Indian journal of veterinary science and animal husbandry - Volumes 15-17, 1948-1951
Year: 1948
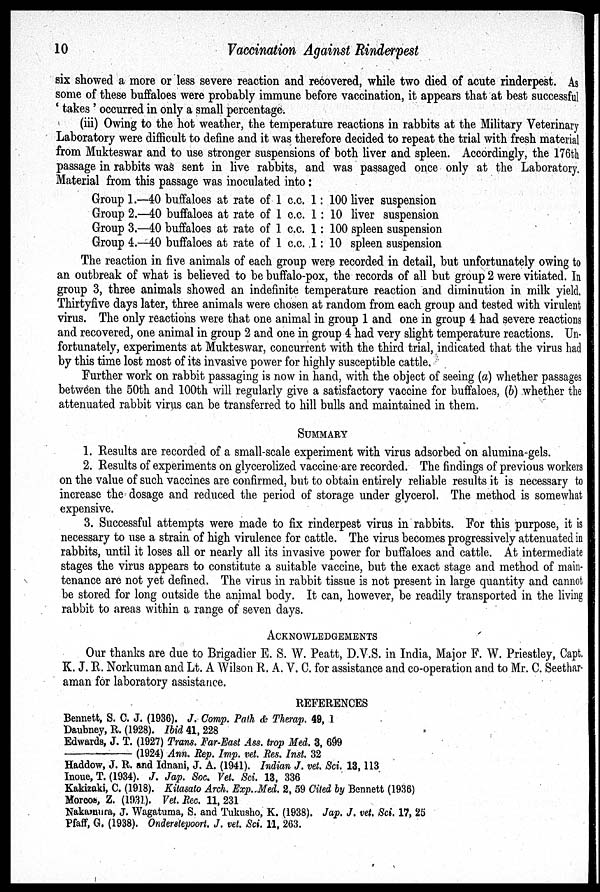
10
Vaccination Against Rinderpest
six showed a more or less severe reaction and recovered, while two died of acute rinderpest. As
some of these buffaloes were probably immune before vaccination, it appears that at best successful
' takes ' occurred in only a small percentage.
(iii) Owing to the hot weather, the temperature reactions in rabbits at the Military Veterinary
Laboratory were difficult to define and it was therefore decided to repeat the trial with fresh material
from Mukteswar and to use stronger suspensions of both liver and spleen. Accordingly, the 176th
passage in rabbits was sent in live rabbits, and was passaged once only at the Laboratory.
Material from this passage was inoculated into:
Group 1.—40 buffaloes at rate of 1 c.c. 1 : 100 liver suspension
Group 2.—40 buffaloes at rate of 1 c.c. 1 : 10 liver suspension
Group 3.—40 buffaloes at rate of 1 c.c. 1 : 100 spleen suspension
Group 4.—40 buffaloes at rate of 1 c.c. 1 : 10 spleen suspension
The reaction in five animals of each group were recorded in detail, but unfortunately owing to
an outbreak of what is believed to be buffalo-pox, the records of all but group 2 were vitiated. In
group 3, three animals showed an indefinite temperature reaction and diminution in milk yield.
Thirtyfive days later, three animals were chosen at random from each group and tested with virulent
virus. The only reactions were that one animal in group 1 and one in group 4 had severe reactions
and recovered, one animal in group 2 and one in group 4 had very slight temperature reactions. Un-
fortunately, experiments at Mukteswar, concurrent with the third trial, indicated that the virus had
by this time lost most of its invasive power for highly susceptible cattle.
Further work on rabbit passaging is now in hand, with the object of seeing (a) whether passages
between the 50th and 100th will regularly give a satisfactory vaccine for buffaloes, (b) whether the
attenuated rabbit virus can be transferred to hill bulls and maintained in them.
SUMMARY
1. Results are recorded of a small-scale experiment with virus adsorbed on alumina-gels.
2. Results of experiments on glycerolized vaccine are recorded. The findings of previous workers
on the value of such vaccines are confirmed, but to obtain entirely reliable results it is necessary to
increase the dosage and reduced the period of storage under glycerol. The method is somewhat
expensive.
3. Successful attempts were made to fix rinderpest virus in rabbits. For this purpose, it is
necessary to use a strain of high virulence for cattle. The virus becomes progressively attenuated in
rabbits, until it loses all or nearly all its invasive power for buffaloes and cattle. At intermediate
stages the virus appears to constitute a suitable vaccine, but the exact stage and method of main-
tenance are not yet defined. The virus in rabbit tissue is not present in large quantity and cannot
be stored for long outside the animal body. It can, however, be readily transported in the living
rabbit to areas within a range of seven days.
ACKNOWLEDGEMENTS
Our thanks are due to Brigadier E. S. W. Peatt, D.V.S. in India, Major F. W. Priestley, Capt.
K. J. R. Norkuman and Lt. A Wilson R. A. V. C. for assistance and co-operation and to Mr. C. Seethar-
aman for laboratory assistance.
REFERENCES
Bennett, S. C. J. (1936). J. Comp. Path & Therap. 49, 1
Daubney, R. (1928). Ibid 41, 228
Edwards, J. T. (1927) Trans. Far-East Ass. trop Med. 3, 699
—
(1924) Ann. Rep. Imp. vet. Res. Inst. 32
Haddow, J. R. and Idnani, J. A. (1941). Indian J. vet. Sci. 13, 113
Inoue, T. (1934). J. Jap. Soc. Vet. Sci. 13, 336
Kakizaki, C. (1918). Kitasato Arch. Exp. Med. 2, 59 Cited by Bennett (1936)
Morcos, Z. (1931). Vet. Rec. 11, 231
Nakamura, J. Wagatuma, S. and Tukusho, K. (1938). Jap. J. vet. Sci. 17, 25
Pfaff, G. (1938). Onderstepoort. J. vet. Sci. 11, 263.